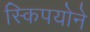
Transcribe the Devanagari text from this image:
स्किपयोने